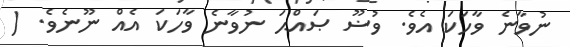
ނުވާނެ ވާހަކަ އެވެ. ވުޟޫ ޞައްޙަ ނުވާނެ ވާހަކަ އެއް ނޫނެވެ. (